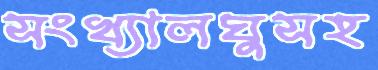
সংখ্যালঘুসহ